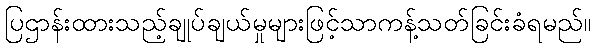
ပြဌာန်းထားသည့်ချုပ်ချယ်မှုများဖြင့်သာကန့်သတ်ခြင်းခံရမည်။